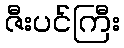
ဇီးပင်ကြီး